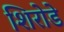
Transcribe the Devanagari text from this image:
शिरोडे